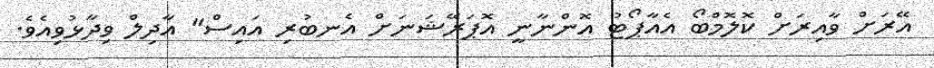
އޭރަށް ވާއިރަށް ކޮލޮމްބޯ އެއާޕޯޓު އޮންނާނީ އޮޕަރޭޝަނަށް އެނބުރި އައިސް" އާދިލް ވިދާޅުވިއެވެ.